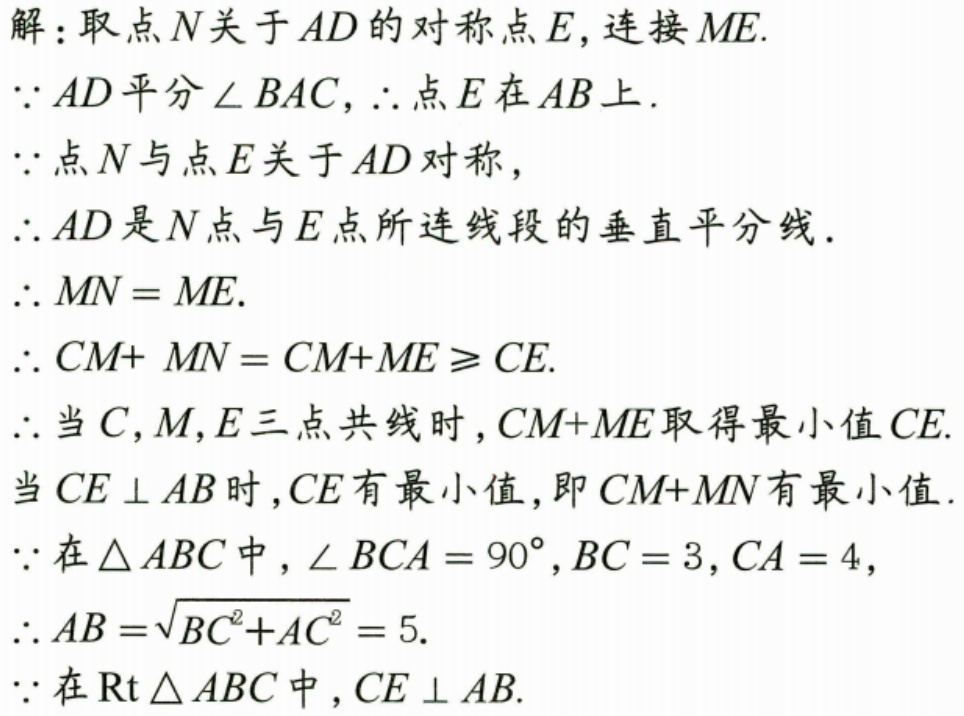
解：取点\(N\)关于\(AD\)的对称点\(E\)，连接\(ME\).
\(\because AD\)平分\(\angle BAC\)，\(\therefore\)点\(E\)在\(AB\)上.
\(\because\)点\(N\)与点\(E\)关于\(AD\)对称，
\(\therefore AD\)是\(N\)点与\(E\)点所连线段的垂直平分线.
\(\therefore MN = ME\).
\(\therefore CM + MN=CM + ME\geqslant CE\).
\(\therefore\)当\(C,M,E\)三点共线时，\(CM + ME\)取得最小值\(CE\).
当\(CE\perp AB\)时，\(CE\)有最小值，即\(CM + MN\)有最小值.
\(\because\)在\(\triangle ABC\)中，\(\angle BCA = 90^{\circ}\)，\(BC = 3\)，\(CA = 4\)，
\(\therefore AB=\sqrt{BC^{2}+AC^{2}} = 5\).
\(\because\)在\(\text{Rt}\triangle ABC\)中，\(CE\perp AB\).